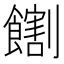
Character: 𫗛